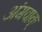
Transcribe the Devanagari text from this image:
अंगवाक्